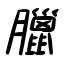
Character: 臘